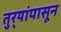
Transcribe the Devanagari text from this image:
तुर्‍यांपासून